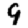
Digit: 9